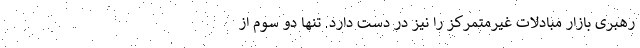
رهبری بازار مبادلات غیرمتمرکز را نیز در دست دارد. تنها دو سوم از